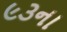
૯૩ના